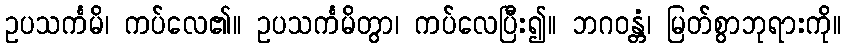
ဥပသင်္ကမိ၊ ကပ်လေ၏။ ဥပသင်္ကမိတွာ၊ ကပ်လေပြီး၍။ ဘဂဝန္တံ၊ မြတ်စွာဘုရားကို။